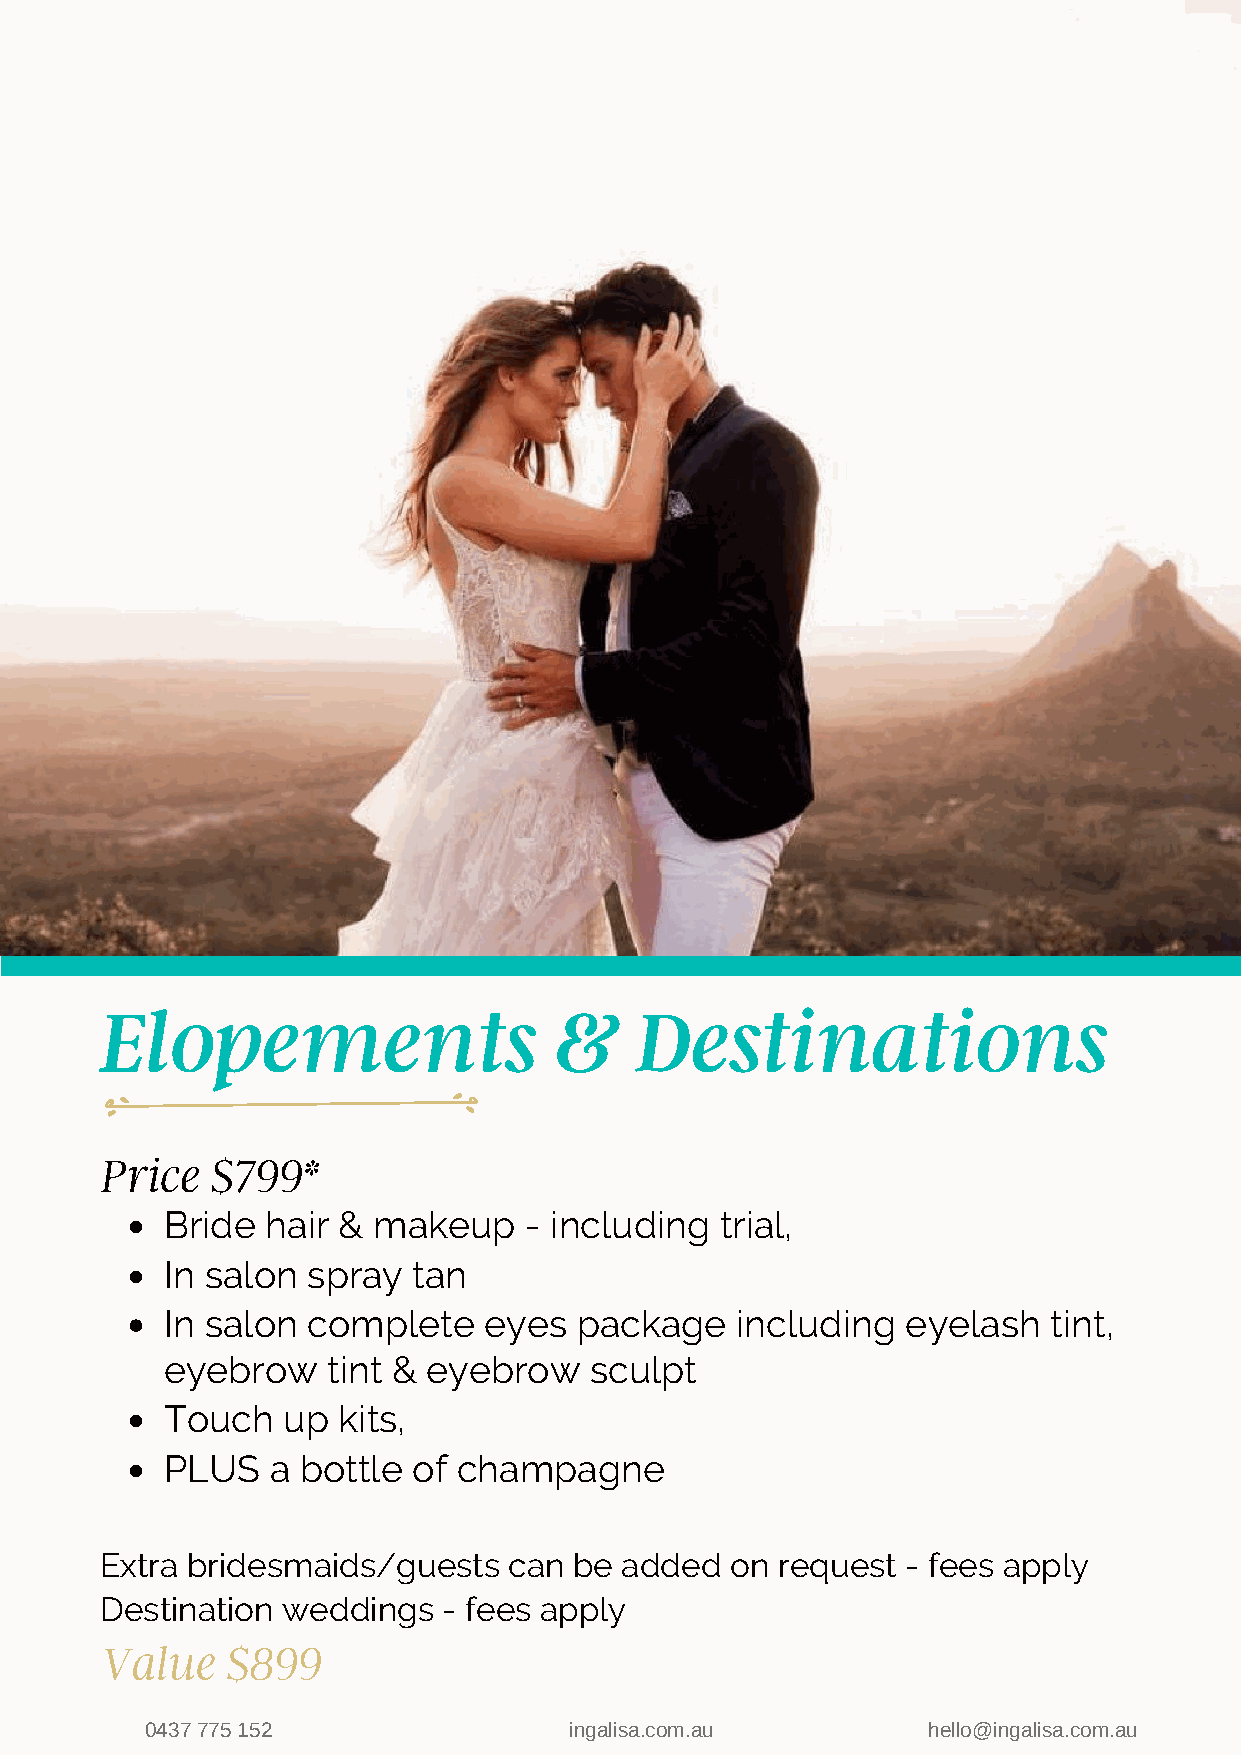
Elopements                    &    Destinations
 Price  $799*
 Bride  hair & makeup    - including  trial,
 In salon spray  tan
 In salon complete    eyes  package    including  eyelash   tint,
 eyebrow    tint & eyebrow   sculpt
 Touch   up kits,
 PLUS   a bottle of champagne
 Extra bridesmaids/guests   can be added  on request  - fees apply
 Destination weddings  - fees apply
 Value   $899
 0437 775 152                ingalisa.com.au        hello@ingalisa.com.au